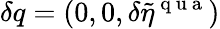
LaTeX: \delta q=(0,0,\delta\tilde{\eta}^{\mathrm{~q~u~a~}})